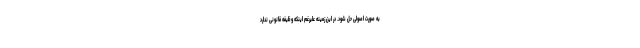
به صورت اصولی حل شود. در این زمینه علیرغم اینکه وظیفه قانونی ندارد